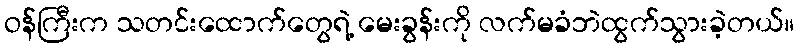
ဝန်ကြီးက သတင်းထောက်တွေရဲ့ မေးခွန်းကို လက်မခံဘဲထွက်သွားခဲ့တယ်။